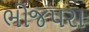
ભોજપરા